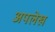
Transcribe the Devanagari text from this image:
अपलेख